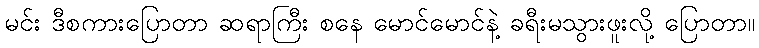
မင်း ဒီစကားပြောတာ ဆရာကြီး စနေ မောင်မောင်နဲ့ ခရီးမသွားဖူးလို့ ပြောတာ။